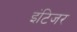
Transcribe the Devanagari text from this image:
इंटिजर